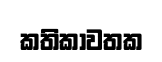
කතිකාවතක